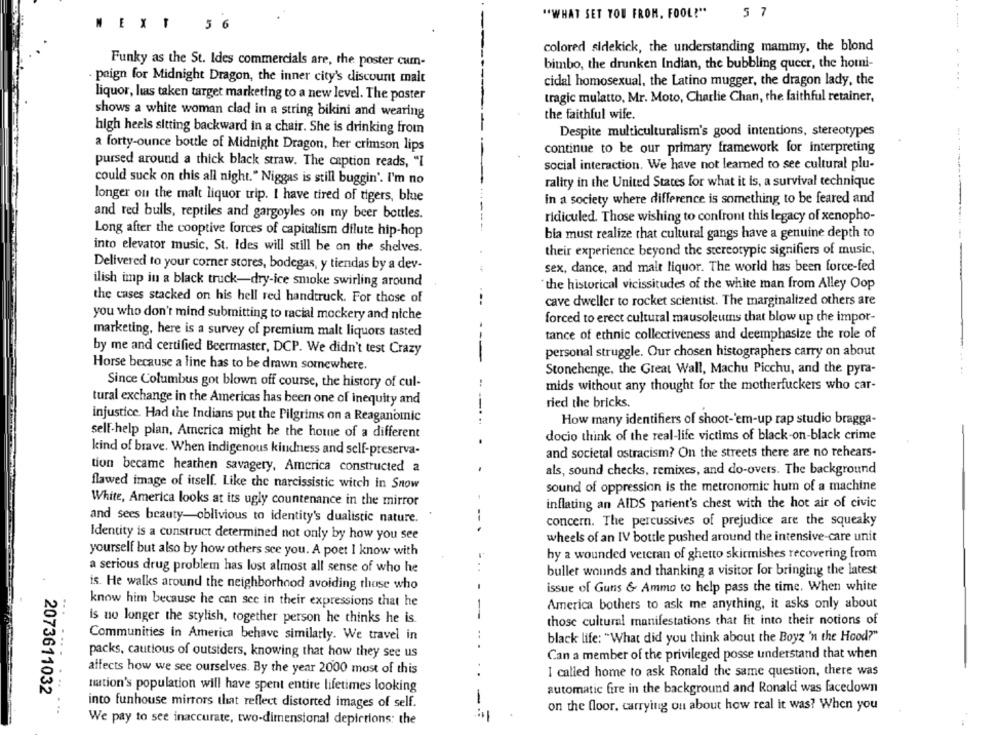
5 7
"WHAT SET YOU FROM. FOOL?"
----
NEXT 56
colored sidekick, the understanding mammy, the blond
Funky as the St. Ides commercials are, the poster cum-
bimbo, the drunken Indian, the bubbling queer, the hotni-
paign for Midnight Dragon, the inner city's discount malt
cidal homosexual, the Latino mugger, the dragon lady, the
-....
liquor, hus taken target marketing to a new level. The poster
tragic mulatto, Mr. Moto, Charlie Chan, the faithful retainer,
shows a white woman clad in a string bikini and wearing
the faithful wife.
high heels sitting backward in a chair. She is drinking from
Despite multiculturalism's good intentions, stereotypes
a forty-ounce bottle of Midnight Dragon, her crimson lips
continue to be our primary framework for interpreting
pursed around a thick black straw. The caption reads, "I
social interaction. We have not learned to see cultural plu-
could suck on this all night." Niggas is still buggin'. I'm no
rality in the United States for what it is, a survival technique
longer ou the malt liquor trip. I have tired of tigers, blue
in a society where difference is something to be feared and
and red bulls, reptiles and gargoyles on my beer bottles.
ridiculed. Those wishing to confront this legacy of xenopho-
Long after the cooptive forces of capitalism dilute hip-hop
bia must realize that cultural gangs have a genuine depth to
into elevator music, St. Ides will still be on the shelves.
their experience beyond the stereotypie signifiers of music,
Delivered to your corner stores, bodegas, y tiendas by a dev-
sex, dance, and malt liquor. The world has been force-fed
ilish imp in a black truck-dry-ice smoke swirling around
the historical vicissitudes of the white man from Alley Oop
the cases stacked on his hell red handtruck. For those of
cave dweller to rocket scientist. The marginalized others are
you who don't mind submitting to racial mockery and niche
forced to erect cultural mausoleums that blow up the impor-
marketing, here is a survey of premium malt liquors tasted
tance of ethnic collectiveness and deemphasize the role of
by me and certified Beermaster, DCP. We didn't test Crazy
personal struggle. Our chosen histographers carry on about
Horse because a line has to be drawn somewhere.
Stonehenge, the Great Wall, Machu Picchu, and the pyra-
Since Columbus got blown off course, the history of cul-
mids without any thought for the motherfuckers who car-
tural exchange in the Americas has been one of inequity and
ried the bricks.
injustice. Had the Indians put the Pilgrims on a Reaganomic
How many identifiers of shoot-'em-up rap studio bragga-
self-help plan, America might be the home of a different
docio think of the real-life victims of black-on-black crime
kind of brave. When indigenous kindness and self-preserva-
and societal ostracism? On the streets there are no rehears-
tion became heathen savagery, America constructed a
als, sound checks, remixes, and do-overs. The background
flawed image of itself. Like the narcissistic witch in Snow
sound of oppression is the metronomic hum of a machine
White, America looks at its ugly countenance in the mirror
inflating an AIDS patient's chest with the hot air of civic
and sees beauty-oblivious to identity's dualistic nature.
--
concern. The percussives of prejudice are the squeaky
Identity is a construct determined not only by how you see
wheels of an IV bottle pushed around the intensive-care unit
yourself but also by how others sce you. A poet I know with
by a wounded veicran of ghetto skirmishes recovering from
a serious drug problem has lost almost all sense of who he
buller wounds and thanking a visitor for bringing the latest
is. He walks around the neighborhood avoiding those who
issue of Guns & Ammo to help pass the time. When white
know him because he can see in their expressions that he
America bothers to ask me anything, it asks only about
is no longer the stylish, together person he thinks he is.
those cultural manifestations that fit into their notions of
Communities in America behave similarly. We travel in
black life: "What did you think about the Boyz 'n the Hood?"
packs, cautious of outsiders, knowing that how they see us
Can a member of the privileged posse understand that when
affects how we see ourselves. By the year 2000 most of this
I called home to ask Ronald the same question, there was
nation's population will have spent entire lifetimes looking
automatic fire in the background and Ronald was facedown
2073611032
into funhouse mirrors that reflect distorted images of self.
on the floor, carrying ou about how real it was? When you
We pay to see inaccurate, two-dimensional depictions: the